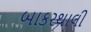
બાકરથાલી